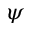
\psi